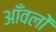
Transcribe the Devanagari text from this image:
आँवलों